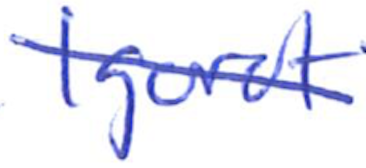
Text: Igorot
Cross-out: diagonal
Writing tool: ballpoint